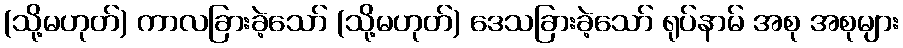
(သို့မဟုတ်) ကာလခြားခဲ့သော် (သို့မဟုတ်) ဒေသခြားခဲ့သော် ရုပ်နာမ် အစု အစုများ